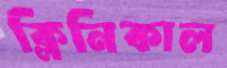
ক্লিনিকাল